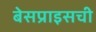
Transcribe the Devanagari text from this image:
बेसप्राइसची